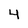
Character: 4